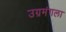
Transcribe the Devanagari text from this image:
उग्रमंगला